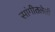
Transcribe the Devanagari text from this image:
सांगीतलेली